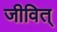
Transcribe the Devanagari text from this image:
जीवित्